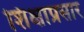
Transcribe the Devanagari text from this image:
शिक्षाप्रसार